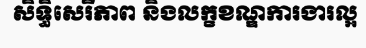
សិទ្ធិសេរីភាព និងលក្ខខណ្ឌការងារល្អ